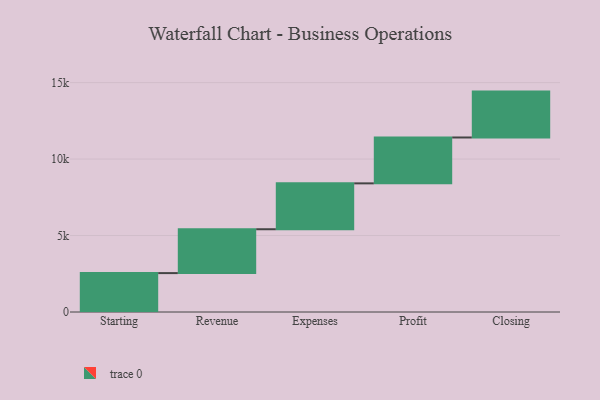
{"axis": {"x": "Step", "y": "Value"}, "legend": [""], "data": [{"x": "Starting", "y": 2544.0, "type": ""}, {"x": "Revenue", "y": 2868.0, "type": ""}, {"x": "Expenses", "y": 3000, "type": ""}, {"x": "Profit", "y": 3000, "type": ""}, {"x": "Closing", "y": 3000, "type": ""}]}